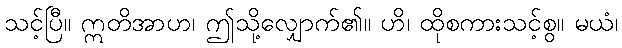
သင့်ပြီ။ ဣတိအာဟ၊ ဤသို့လျှောက်၏။ ဟိ၊ ထိုစကားသင့်စွ။ မယံ၊